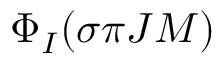
\Phi _ { I } ( \sigma { \pi } J M )